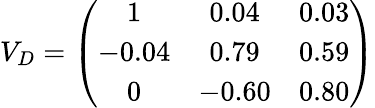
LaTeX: V_{D}=\left(\begin{array}{ccc}{{1}}&{{0.04}}&{{0.03}}\\ {{-0.04}}&{{0.79}}&{{0.59}}\\ {{0}}&{{-0.60}}&{{0.80}}\end{array}\right)